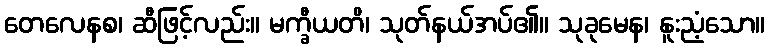
တေလေနစ၊ ဆီဖြင့်လည်း။ မက္ခီယတိ၊ သုတ်နယ်အပ်၏။ သုခုမေန၊ နူးညံ့သော။